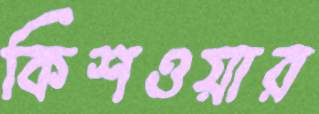
কিশওয়ার